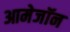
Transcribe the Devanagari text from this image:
आमेजॉन